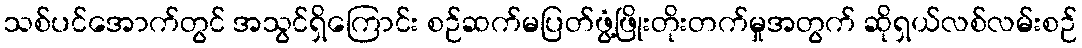
သစ်ပင်အောက်တွင် အသွင်ရှိကြောင်း စဉ်ဆက်မပြတ်ဖွံ့ဖြိုးတိုးတက်မှုအတွက် ဆိုရှယ်လစ်လမ်းစဉ်